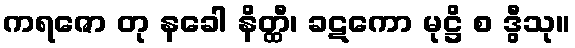
ကရဇော တု နခေါ နိတ္ထီ၊ ခဋကော မုဋ္ဌိ စ ဒွီသု။